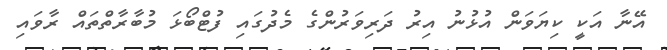
އޭނާ އަކީ ކިޔަވަން އުޅުނު އިރު ދަރިވަރުންގެ މެދުގައި ފުޓްބޯޅަ މުބާރާތްތައް ރާވައި